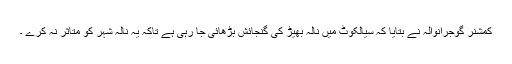
کمشنر گوجرانوالہ نے بتایا کہ سیالکوٹ میں نالہ بھیڑ کی گنجائش بڑھائی جا رہی ہے تاکہ یہ نالہ شہر کو متاثر نہ کرے ۔